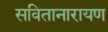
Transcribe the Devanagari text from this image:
सवितानारायण